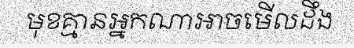
មុខគ្មានអ្នកណាអាចមើលដឹង